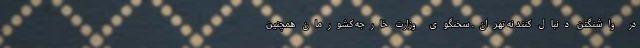
در واشنگتن دنبال کنند نه تهران. سخنگوی وزارت خارجه کشورمان همچنین